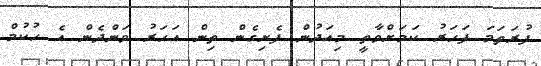
ފުރަތަމަ ފަހަރު ކަމަށްވާތީ މިއަދުން ފެށިގެން ތިން އަހަރު ވަންދެން އެ ހުކުމް